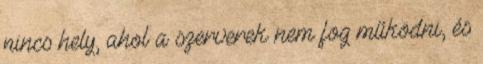
nincs hely, ahol a szerverek nem fog működni, és